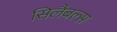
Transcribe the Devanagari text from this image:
सिलैबल्स